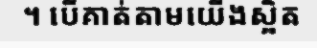
។ បើគាត់តាមយើងស្អិត